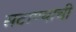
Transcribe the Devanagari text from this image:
सटाण्याची